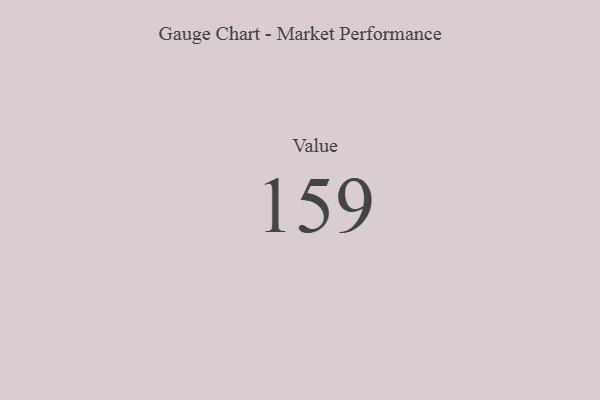
{"axis": {"x": "Metric", "y": "Value"}, "legend": [""], "data": [{"x": "Value", "y": 159, "type": ""}]}